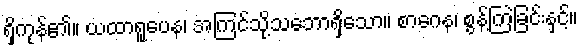
ရှိကုန်၏။ ယထာရူပေန၊ အကြင်သို့သဘောရှိသော။ စာဂေန၊ စွန့်ကြဲခြင်းနှင့်။